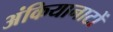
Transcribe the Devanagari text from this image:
अंकियानाटों